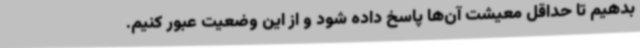
بدهیم تا حداقل معیشت آن‌ها پاسخ داده شود و از این وضعیت عبور کنیم.